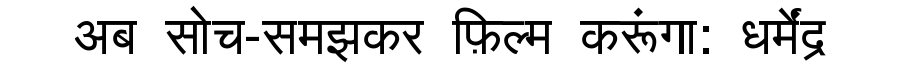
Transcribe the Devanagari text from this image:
अब सोच-समझकर फ़िल्म करूंगा: धर्मेंद्र